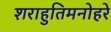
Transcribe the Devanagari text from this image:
शराहुतिमनोहरे